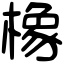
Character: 橡